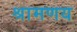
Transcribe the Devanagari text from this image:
श्रामणय